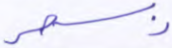
بسحر